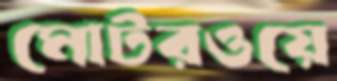
মোটরওয়ে